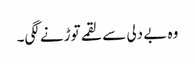
وہ بے دلی سے لقمے توڑنے لگی۔